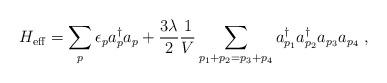
LaTeX: \begin{align*}H_{{\rm eff}}=\sum_p\epsilon _pa_p^{\dagger }a_p+\frac{3\lambda }2\frac1V\sum_{p_1+p_2=p_3+p_4}a_{p_1}^{\dagger }a_{p_2}^{\dagger }a_{p_3}a_{p_4}\;,\end{align*}